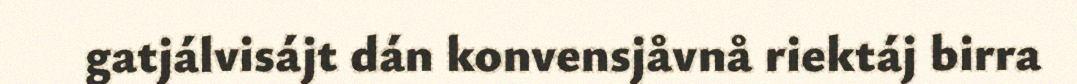
gatjálvisájt dán konvensjåvnå riektáj birra